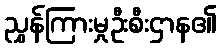
ညွှန်ကြားမှုဦးစီးဌာန၏